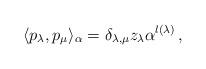
LaTeX: \begin{align*}\langle p_{\lambda}, p_{\mu} \rangle_\alpha = \delta_{\lambda,\mu} z_{\lambda}\alpha^{l(\lambda)}\, ,\end{align*}